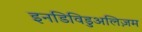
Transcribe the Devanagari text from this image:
इनडिविडुअलिज़म